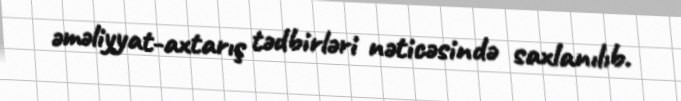
əməliyyat-axtarış tədbirləri nəticəsində saxlanılıb.